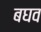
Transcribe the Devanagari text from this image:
बघव